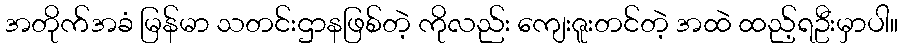
အတိုက်အခံ မြန်မာ သတင်းဌာနဖြစ်တဲ့ ကိုလည်း ကျေးဇူးတင်တဲ့ အထဲ ထည့်ရဦးမှာပါ။